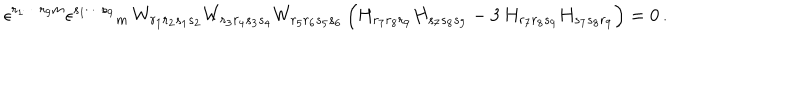
\epsilon ^ { r _ { 1 } \cdots r _ { 9 } m } \epsilon ^ { s _ { 1 } \cdots s _ { 9 } } { } _ { m } \, W _ { r _ { 1 } r _ { 2 } s _ { 1 } s _ { 2 } } W _ { r _ { 3 } r _ { 4 } s _ { 3 } s _ { 4 } } W _ { r _ { 5 } r _ { 6 } s _ { 5 } s _ { 6 } } \, \Big ( H _ { r _ { 7 } r _ { 8 } r _ { 9 } } H _ { s _ { 7 } s _ { 8 } s _ { 9 } } - 3 \, H _ { r _ { 7 } r _ { 8 } s _ { 9 } } H _ { s _ { 7 } s _ { 8 } r _ { 9 } } \Big ) = 0 \, .